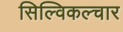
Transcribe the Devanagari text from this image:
सिल्विकल्चार